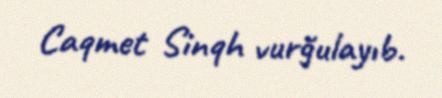
Caqmet Sinqh vurğulayıb.